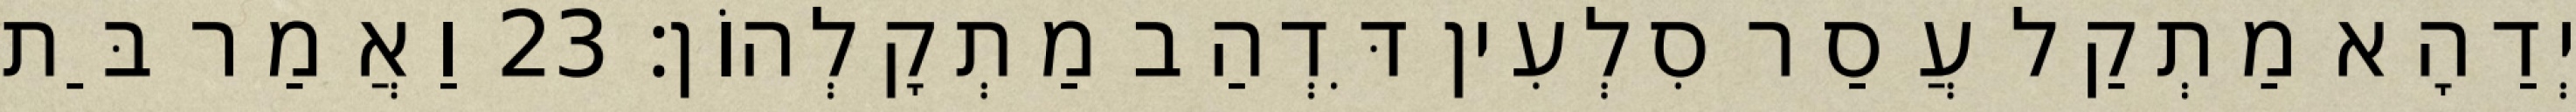
יְדַהָא מַתְקַל עֲסַר סִלְעִין דִּדְהַב מַתְקָלְהוֹן׃ 23 וַאֲמַר בַּת